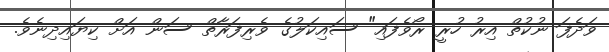
ވަދެފަ ނުކުތް އިރު ހުރީ ރޯވެފައި" ސައިކަލުގެ ވެރިފަރާތް ސަން އަށް ކިޔައިދިނެވެ.